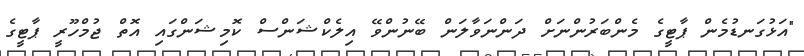
"އަޅުގަނޑުމެން ޕާޓީގެ މެންބަރުންނަށް ދަންނަވާލަން ބޭނުންވޭ އިލެކްޝަންސް ކޮމިޝަންގައި އޮތް ޖުމްހޫރީ ޕާޓީގެ